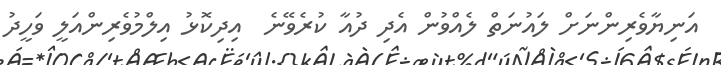
އަނިޔާވެރިންނަށް ލައުނަތް ލެއްވުން އެދި ދުއާ ކުރެވޭނެ  އިދިކޮޅު އިލްމުވެރިންއަލީ ވަހީދު